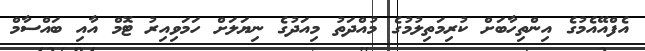
އެފްއޭއެމުގެ އިންތިހާބަށް ކުރިމަތިލުމުގެ މުއްދަތު މިއަދުގެ ނިޔަލަށް ހަމަވިއިރު ޓޮމް އާއި ބައްސާމް